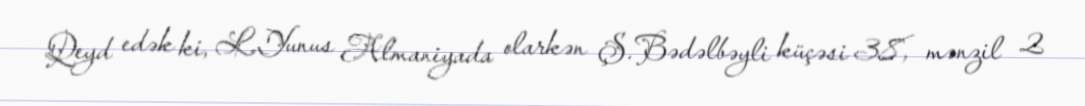
Qeyd edək ki, L.Yunus Almaniyada olarkən Ş.Bədəlbəyli küçəsi 38, mənzil 2